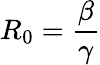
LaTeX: R_{0}=\frac{\beta}{\gamma}